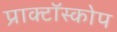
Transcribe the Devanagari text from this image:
प्राक्टॉस्कोप